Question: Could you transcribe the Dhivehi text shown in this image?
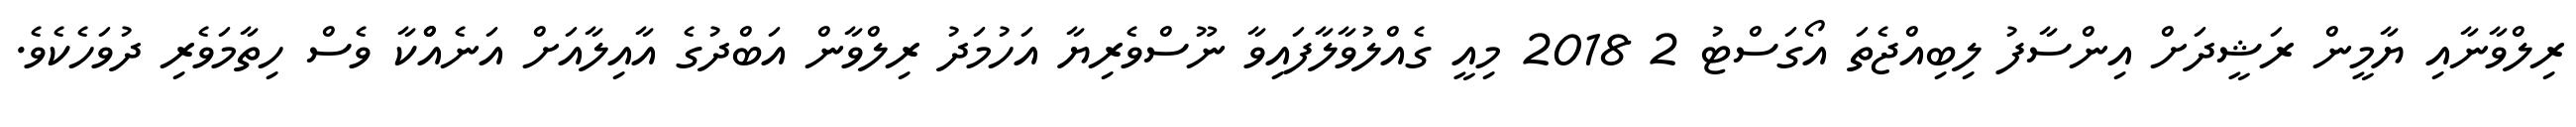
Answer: ރިލްވާނާއި ޔާމީން ރަޝީދަށް އިންސާފު ލިބިއްޖެތަ އޯގަސްޓު 2 2018 މިއީ ގެއްލުވާލާފައިވާ ނޫސްވެރިޔާ އަހުމަދު ރިލްވާން އަބްދުގެ އާއިލާއަށް އަނެއްްކާ ވެސް ހިތާމަވެރި ދުވަހެކެވެ.